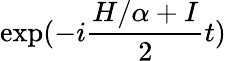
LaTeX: \exp(-i\frac{H/\alpha+I}{2}t)